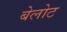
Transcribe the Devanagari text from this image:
बेलोट